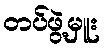
တပ်ဖွဲ့မှူး